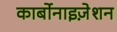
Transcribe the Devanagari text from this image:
कार्बोनाइज़ेशन